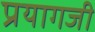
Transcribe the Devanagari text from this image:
प्रयागजी